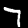
Digit: 7